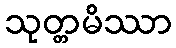
သုတ္တမိဿာ